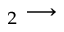
_ 2 \longrightarrow